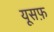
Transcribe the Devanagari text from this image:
यूसफ़